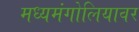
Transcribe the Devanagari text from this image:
मध्यमंगोलियावर